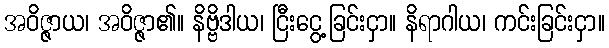
အဝိဇ္ဇာယ၊ အဝိဇ္ဇာ၏။ နိဗ္ဗိဒါယ၊ ငြီးငွေ့ခြင်းငှာ။ နိရာဂါယ၊ ကင်းခြင်းငှာ။